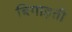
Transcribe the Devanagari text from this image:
बिगाड़ती